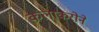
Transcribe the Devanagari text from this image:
कलाकरोने